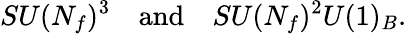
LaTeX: SU(N_{f})^{3}\quad\mathrm{and}\quad SU(N_{f})^{2}U(1)_{B}.